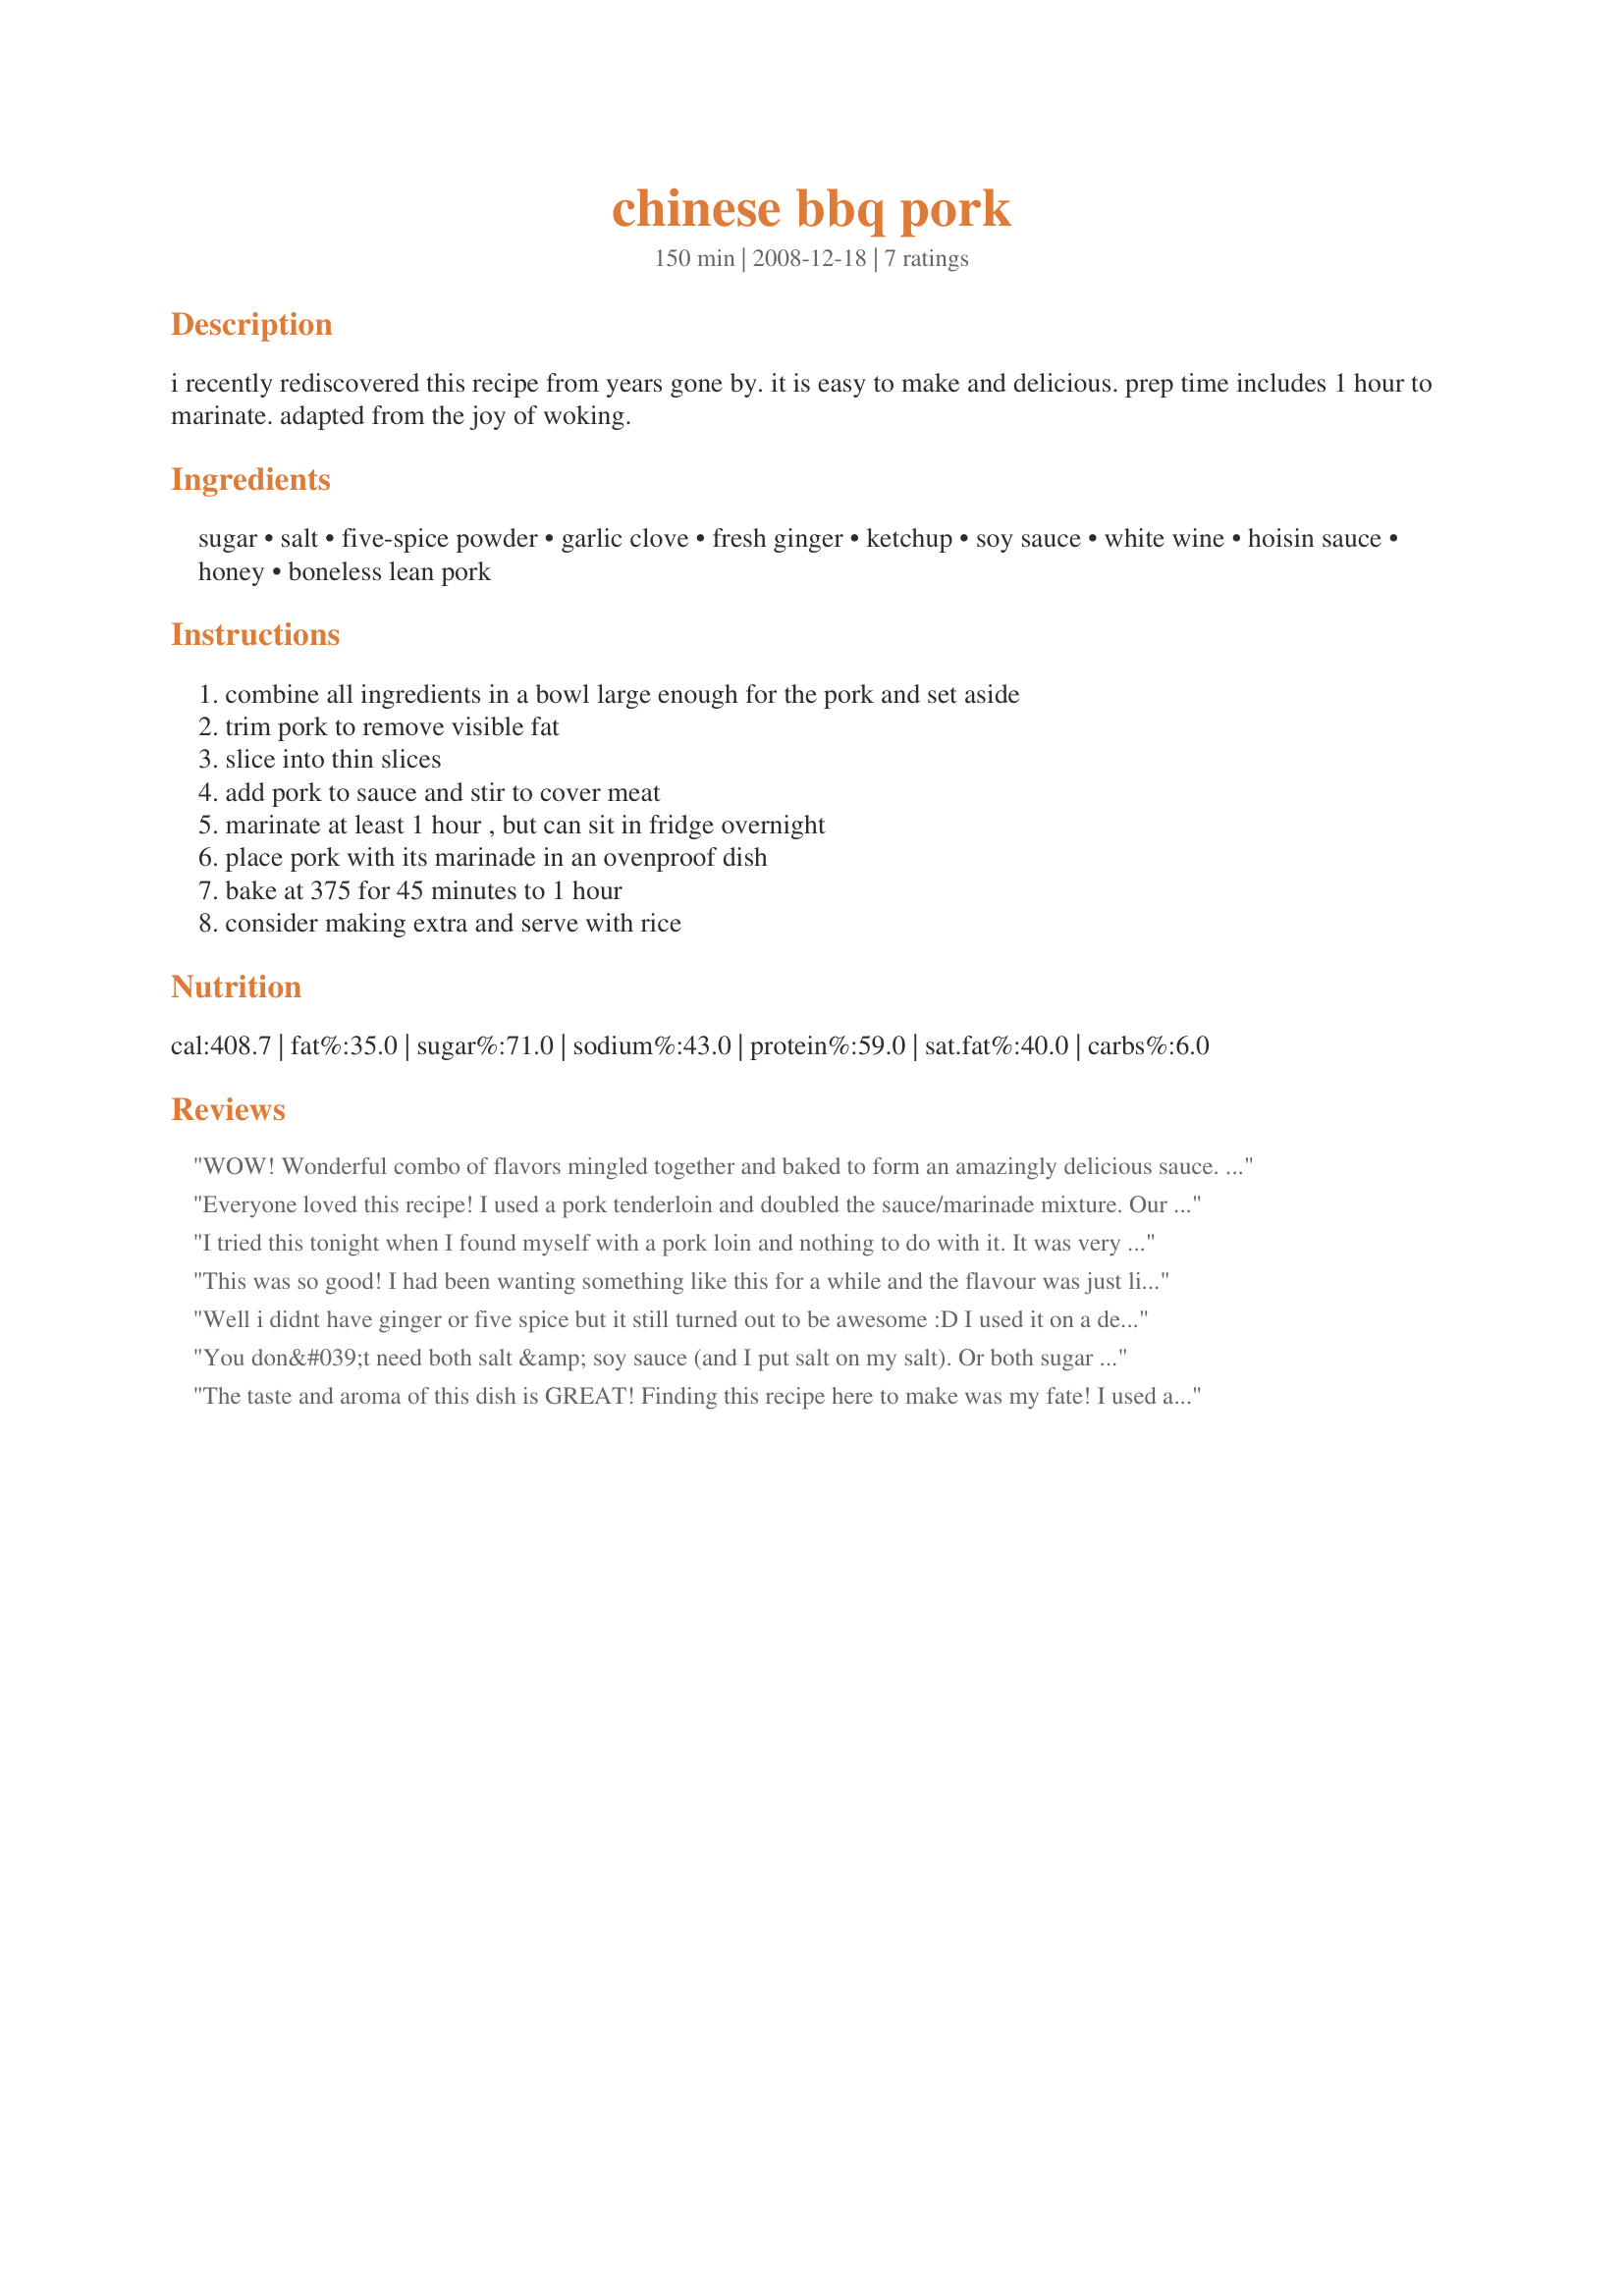
chinese bbq pork
Preparation time: 150 minutes

i recently rediscovered this recipe from years gone by. it is easy to make and delicious. prep time includes 1 hour to marinate. adapted from the joy of woking.

Ingredients:
sugar, salt, five-spice powder, garlic clove, fresh ginger, ketchup, soy sauce, white wine, hoisin sauce, honey, boneless lean pork

Steps:
combine all ingredients in a bowl large enough for the pork and set aside, trim pork to remove visible fat, slice into thin slices, add pork to sauce and stir to cover meat, marinate at least 1 hour , but can sit in fridge overnight, place pork with its marinade in an ovenproof dish, bake at 375 for 45 minutes to 1 hour, consider making extra and serve with rice

Reviews:
WOW! Wonderful combo of flavors mingled together and baked to form an amazingly delicious sauce. I used porkchops instead of porkloins mainly because I apparently can&#039;t read right. This is the second recipe tonight that I miss read. I think this wonderful sauce would be great with chicken too. We also had baked vadalia onions which we drizzled the sauce over. I think also this recipe would be amazing for pulled pork. Made for help a photoless recipe.
Everyone loved this recipe! I used a pork tenderloin and doubled the sauce/marinade mixture. Our 6 year old absolutely loved this! Thank you one-of-thr3
I tried this tonight when I found myself with a pork loin and nothing to do with it. It was very easy and very delicious! Even my two year old loved it. I had everything on hand to make it except the five-spice and I added a bit of chili sauce to it.
I will definitely make this again. Thanks!
This was so good! I had been wanting something like this for a while and the flavour was just like it was from a Chinese restaurant. I made it with pork loin. There are only 2 of us so I cut the meat in half but made it with the same amount of sauce so we would have sauce to spare and pour over the rice. I will be making this again for sure!
Well i didnt have ginger or five spice but it still turned out to be awesome :D I used it on a de-boned shoulder of pork, marindaded it and slow roasted it. I will definitely be doing this again. Thank you!
You don&#039;t need both salt &amp; soy sauce (and I put salt on my salt). Or both sugar &amp; honey, and with hoisin little of either. Tomato paste/sauce: ketchup varies so widely. And one tsp of five-spice powder is good for 5 gallons of anything. Try a pinch: this stuff can take over a recipe (use the rest as potpourri). Add some oyster sauce for the dark richness of Chinese BBQ pork I&#039;m familiar with at least. Or find another recipe.
The taste and aroma of this dish is GREAT!
Finding this recipe here to make was my fate!
I used a combination of hoisin sauce and vanilla yogurt with scallion, as wanted to do!
There is NOTHING wrong with this recipe, probably would not make again, true!
PLEASE don't let this review throw you so you don't try!
Just read previous reviews and you will know why! :)
THANKS!
